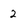
Character: 2